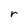
Character: r